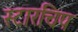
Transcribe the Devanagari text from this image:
स्टारचिप